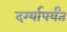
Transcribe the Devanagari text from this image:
दर्ग्यापर्यंत